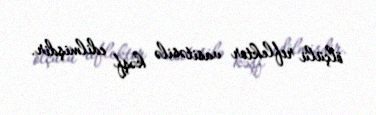
ölçülü reflektor vasitəsilə kəşf edilmişdir.